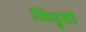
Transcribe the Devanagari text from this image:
निवॄत्ती